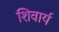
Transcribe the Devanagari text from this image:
शिवार्य